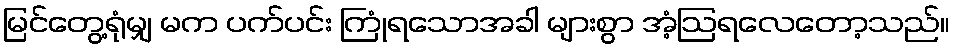
မြင်တွေ့ရုံမျှ မက ပက်ပင်း ကြုံရသောအခါ များစွာ အံ့ဩရလေတော့သည်။